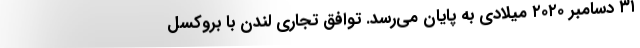
۳۱ دسامبر ۲۰۲۰ میلادی به پایان می‌رسد. توافق تجاری لندن با بروکسل